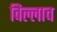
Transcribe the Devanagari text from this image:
विल्लाच